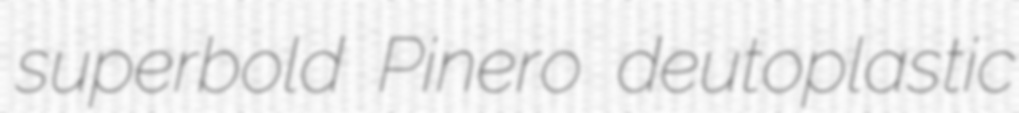
superbold Pinero deutoplastic